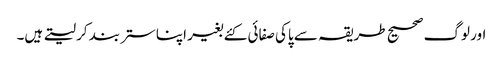
اور لوگ صحیح طریقہ سے پاکی صفائی کئے بغیر اپنا ستر بند کر لیتے ہیں۔